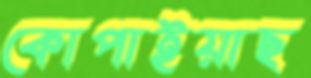
কোপাইয়াছ